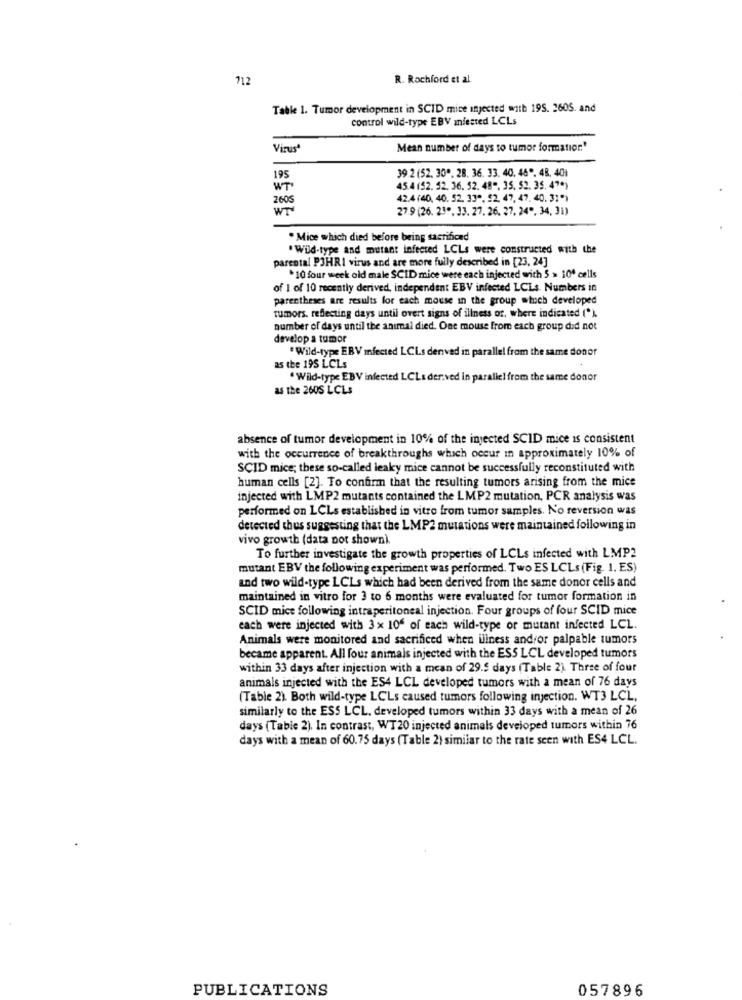
712
R. Rochford et al
Table 1. Tumor development in SCID mice injected with 19S. 260S. and
control wild-type EBV Infected LCLs
Virusª
Mean number of days to tumor formation.'
39 2 (52. 30", 28. 36. 33. 40. 46". 48. 401
195
WT
45.4(52. 52. 36. 52. 48", 35. 52. 35. 4"*)
2605
42.4(40, 40. 52. 33", 52. 47. 47. 40. 31")
WT
27.9 (26. 23". 33. 27. 26. 27. 24", 34, 31)
. Mice which died before being sacrificed
.Wild-type and mutant infected LCLs were constructed with the
parental P3HRI virus and are more fully described in [23, 24]
*10 four week old male SCID mice were each injected with 5 > 10' cells
of 1 of 10 recently derived, independent EBV infected LCLs. Numbers in
parentheses are results for each mouse in the group =toch developed
tumors, reflecting days until overt signs of illness of, where indicated (*).
number of days until the animal died. One mouse from each group did not
develop a tumor
"Wild-type EBV Infected LCLs denved in parallel from the same donor
as the 195 LCLs
Wild-type EBV infected LCLs der.ved in parallel from the same donor
as the 260S LCLs
absence of tumor development in 10% of the injected SCID mice is consistent
with the occurrence of breakthroughs which occur in approximately 10% of
SCID mice; these so-called leaky mice cannot be successfully reconstituted with
human cells [2]. To confirm that the resulting tumors arising from the mice
injected with LMP2 mutants contained the LMP2 mutation, PCR analysis was
performed on LCLs established in vitro from tumor samples. No reversion was
detected thus suggesting that the LMP2 mutations were maintained following in
vivo growth (data not shown)
To further investigate the growth properties of LCLs infected with LMP2
mutant EBV the following experiment was performed. Two ES LCLs (Fig. 1. ES)
and two wild-type LCLs which had been derived from the same donor cells and
maintained in vitro for 3 to 6 months were evaluated for tumor formation in
SCID mice following intraperitoneal injection. Four groups of four SCID mice
each were injected with 3x 10ª of each wild-type or mutant infected LCL.
Animals were monitored and sacrificed when illness and/or palpable tumors
became apparent. All four animals injected with the ESS LCL developed tumors
within 33 days after injection with a mean of 29.5 days (Table 2). Three of four
animals injected with the ES4 LCL developed tumors with a mean of 76 days
(Table 2). Both wild-type LC'Ls caused tumors following injection. WT3 LCL,
similarly to the ESS LCL. developed tumors within 33 days with a mean of 26
days (Table 2). In contrast, WT20 injected animals developed tumors within 76
days with a mean of 60.75 days (Table 2) similar to the rate seen with ES4 LCL.
PUBLICATIONS
057896